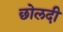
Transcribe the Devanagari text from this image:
छोलदी